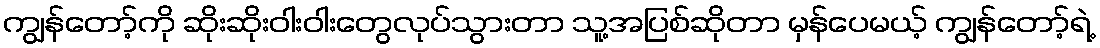
ကျွန်တော့်ကို ဆိုးဆိုးဝါးဝါးတွေလုပ်သွားတာ သူ့အပြစ်ဆိုတာ မှန်ပေမယ့် ကျွန်တော့်ရဲ့